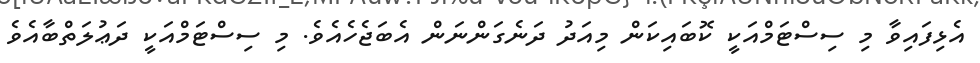
އެޅިފައިވާ މި ސިސްޓަމްއަކީ ކޮބައިކަން މިއަދު ދަނެގަންނަން އެބަޖެހެއެވެ. މި ސިސްޓަމްއަކީ ދަޢުލަތްބާއެވެ